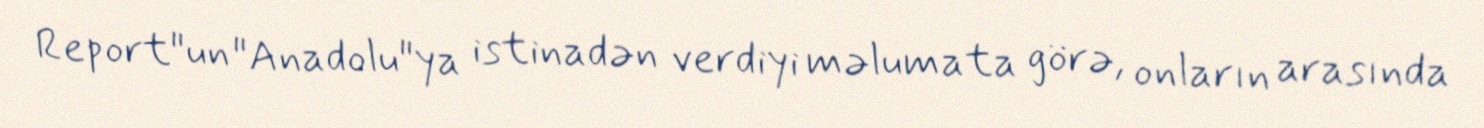
Report"un "Anadolu"ya istinadən verdiyi məlumata görə, onların arasında